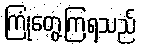
ကြုံတွေ့ကြရသည်